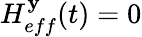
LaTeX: H_{eff}^{\mathbf{y}}(t)=0